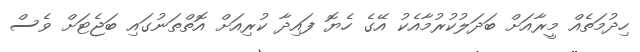
ހިދުމަތެއް މީރާއަށް ބަދަލުކުރުމާއެކު އޭގެ ހެޔޮ ފައިދާ ކުރިއަށް އޮތްތަނުގައި ބަޖެޓަށް ވެސް